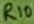
Text: R10